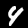
Label: 4